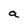
Character: a